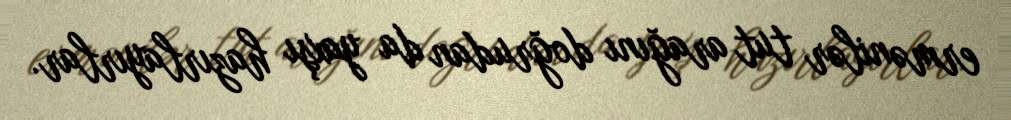
ermənilər tut arağını doğrudan da yaxşı hazırlayırlar.